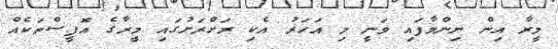
މީރާ އިން ނިންމާފައި ވަނީ މި އަހަރު އެކި ރަށްރަށުގައި މީރާގެ އޮފީސްތަކެއް